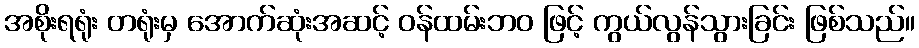
အစိုးရရုံး တရုံးမှ အောက်ဆုံးအဆင့် ဝန်ထမ်းဘဝ ဖြင့် ကွယ်လွန်သွားခြင်း ဖြစ်သည်။